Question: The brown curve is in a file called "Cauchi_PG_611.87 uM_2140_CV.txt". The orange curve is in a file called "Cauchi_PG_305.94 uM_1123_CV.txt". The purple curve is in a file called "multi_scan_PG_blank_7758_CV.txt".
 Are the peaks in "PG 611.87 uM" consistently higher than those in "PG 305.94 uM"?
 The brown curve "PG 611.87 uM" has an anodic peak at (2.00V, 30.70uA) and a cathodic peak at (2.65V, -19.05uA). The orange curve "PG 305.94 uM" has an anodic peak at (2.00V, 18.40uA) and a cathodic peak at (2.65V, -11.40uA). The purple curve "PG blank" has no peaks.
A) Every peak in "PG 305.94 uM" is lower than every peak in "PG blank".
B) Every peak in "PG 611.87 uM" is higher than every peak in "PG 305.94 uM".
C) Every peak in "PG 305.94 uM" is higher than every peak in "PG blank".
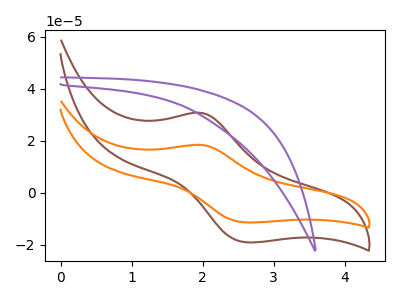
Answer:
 <answer>B) Every peak in "PG 611.87 uM" is higher than every peak in "PG 305.94 uM".</answer>
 <eval>B</eval>